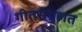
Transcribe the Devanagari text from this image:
गीतसंग्रहात